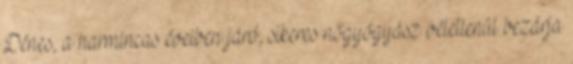
Dénes, a harmincas éveiben járó, sikeres nőgyógyász véletlenül bezárja